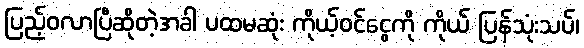
ပြည့်ဝလာပြီဆိုတဲ့အခါ ပထမဆုံး ကိုယ့်ဝင်ငွေကို ကိုယ် ပြန်သုံးသပ်၊